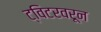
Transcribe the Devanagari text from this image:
ट्विटरवरून